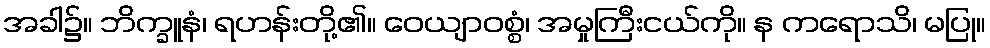
အခါ၌။ ဘိက္ခူနံ၊ ရဟန်းတို့၏။ ဝေယျာဝစ္စံ၊ အမှုကြီးငယ်ကို။ န ကရောသိ၊ မပြု။